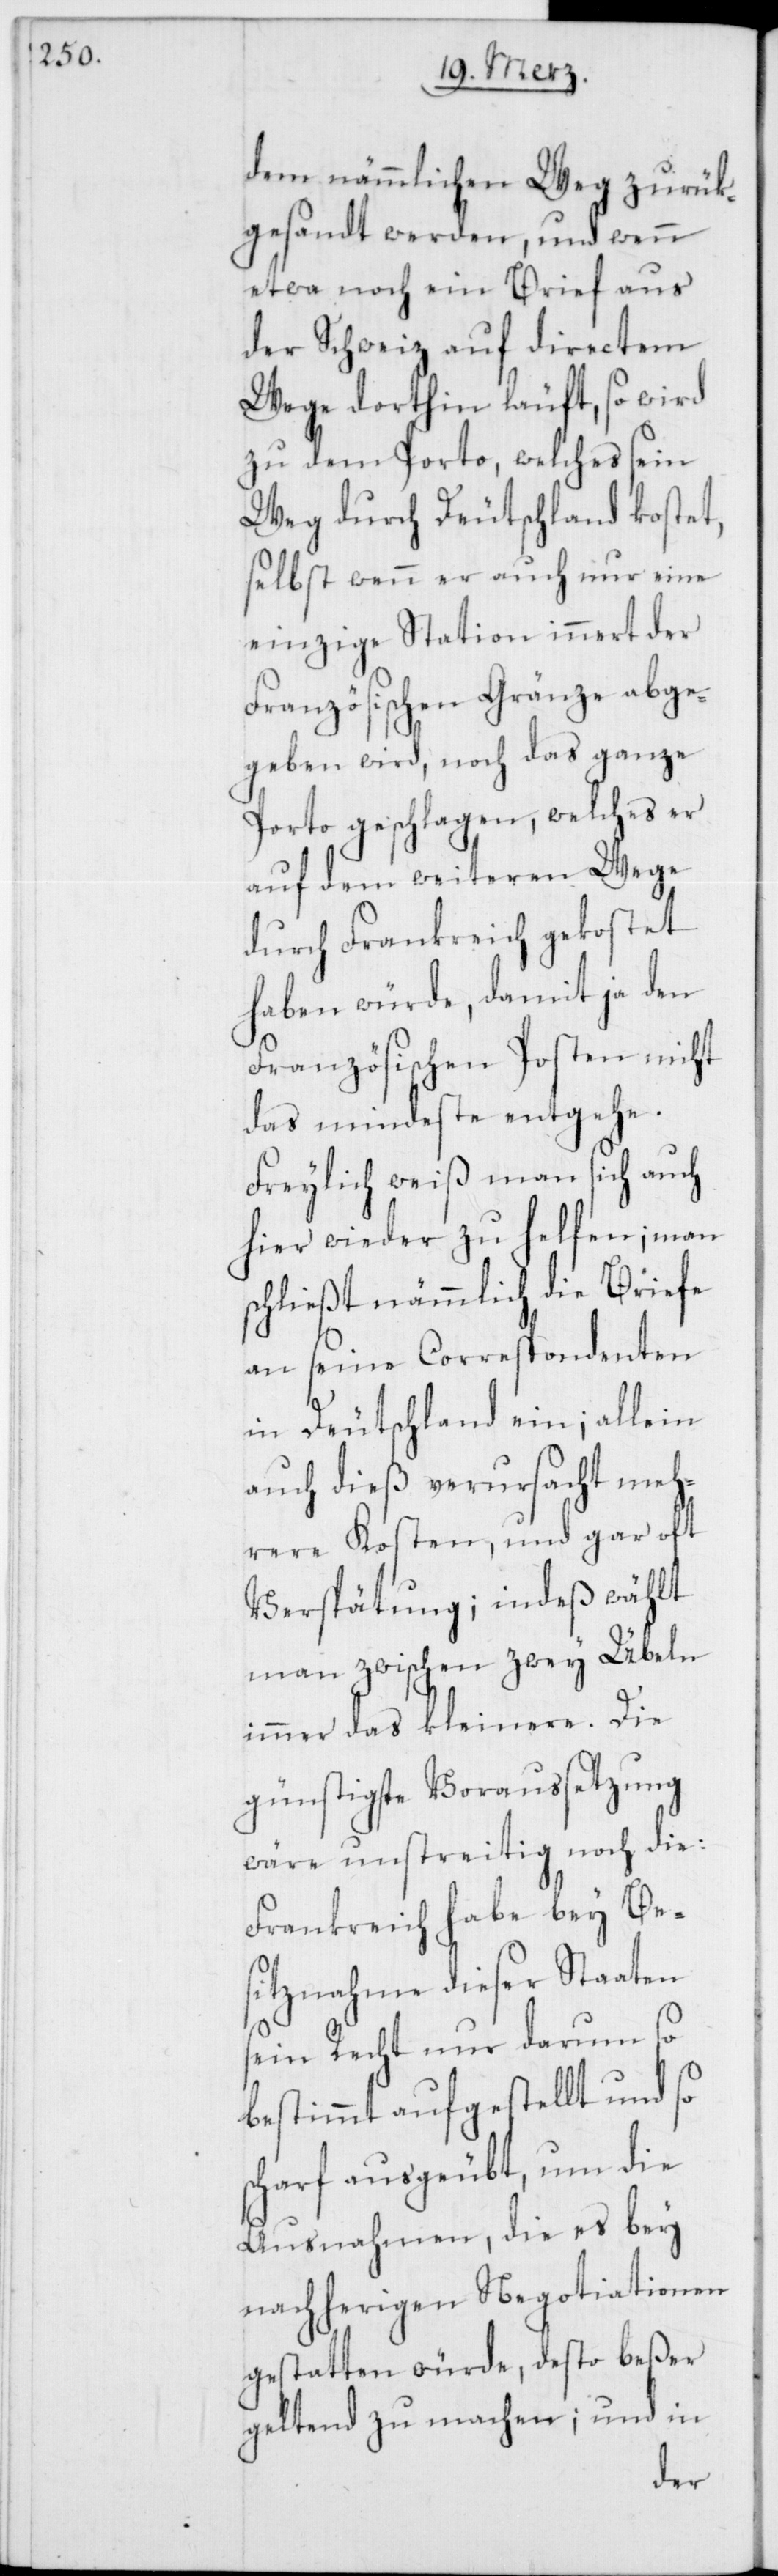
dem nämmlichen Weg zurük¬
gesandt werden, und wenn
etwa noch ein Brief aus
der Schweiz auf directem
Wege dorthin läuft, so wird
zu dem Porto, welches sein
Weg durch Deutschland kostet,
selbst wenn er auch nur eine
einzige Station innert der
Französischen Gränze abge¬
geben wird, noch das ganze
Porto geschlagen, welches er
auf dem weiteren Wege
durch Frankreich gekostet
haben würde, damit ja den
Französischen Posten nicht
das mindeste entgehe.
Freylich weiß man sich auch
hier wieder zu helfen; man
schließt nämmlich die Briefe
an seine Correspondenten
in Deutschland ein; allein
auch dieß verursacht meh¬
rere Kosten, und gar oft
Verspätung; indeß wählt
man zwischen zwey Übeln
immer das kleinere. Die
günstigste Voraussetzung
wäre unstreitig noch die:
Frankreich habe bey Bes¬
itznahme dieser Staaten
sein Recht nur darum so
bestimmt aufgestellt und so
scharf ausgeübt, um die
Ausnahmen, die es bey
nachherigen Negotiationen
gestatten würde, desto beßer
geltend zu machen; und in